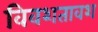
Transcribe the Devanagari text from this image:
विवशतावश